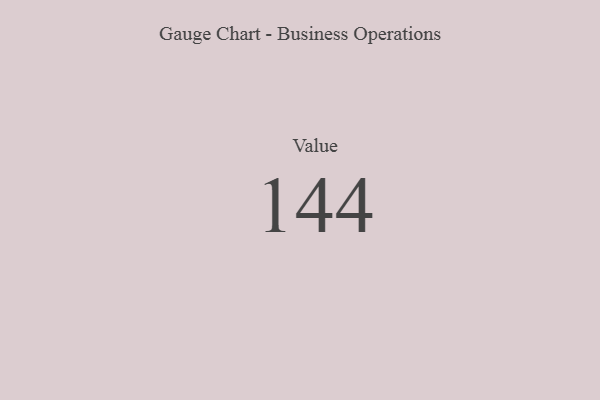
{"axis": {"x": "Metric", "y": "Value"}, "legend": [""], "data": [{"x": "Value", "y": 144, "type": ""}]}